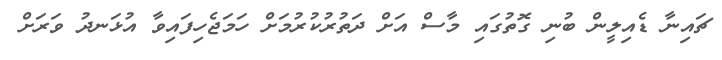
ޗައިނާ ޑެއިލީން ބުނި ގޮތުގައި މާސް އަށް ދަތުރުކުރުމަށް ހަމަޖެހިފައިވާ އުޅަނދު ވަރަށް